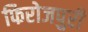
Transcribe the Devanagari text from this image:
फिरोजपुरी